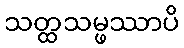
သတ္ထသမ္ဖဿာပိ